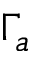
\Gamma _ { a }